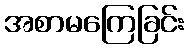
အစာမကြေခြင်း